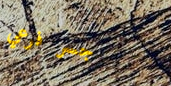
جسر فرعي